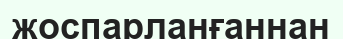
жоспарланғаннан